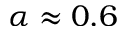
\alpha \approx 0 . 6